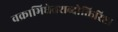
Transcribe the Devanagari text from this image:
वक्राभिधेतशब्दोक्तिरिष्टा